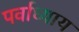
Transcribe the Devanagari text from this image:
पर्वाध्याय